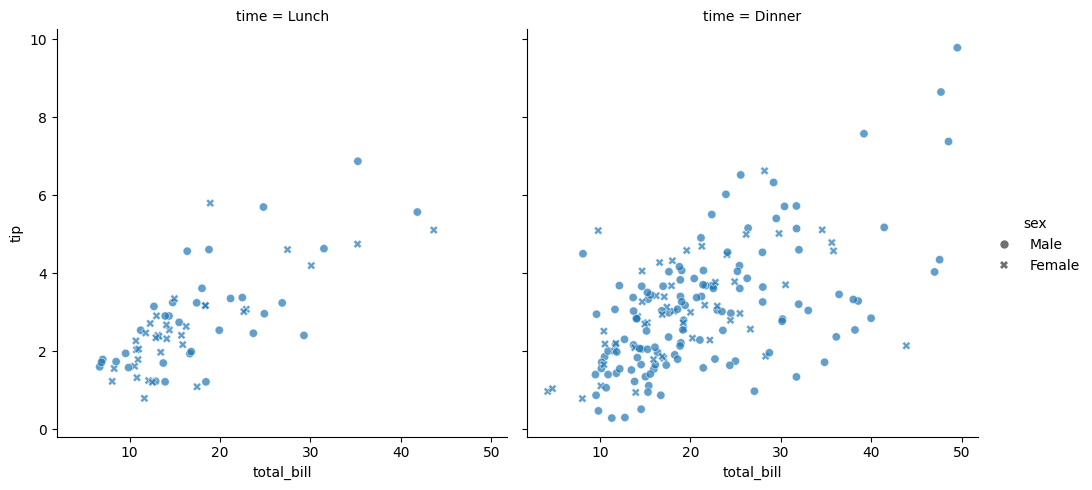
python, seaborn, relplot, alpha=0.7